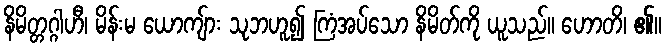
နိမိတ္တဂ္ဂါဟီ၊ မိန်းမ ယောကျ်ား သုဘဟူ၍ ကြံအပ်သော နိမိတ်ကို ယူသည်။ ဟောတိ၊ ၏။